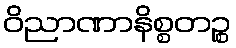
ဝိညာဏာနိစ္စတဉ္စ